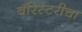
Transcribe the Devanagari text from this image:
बॅरिस्टरीचा